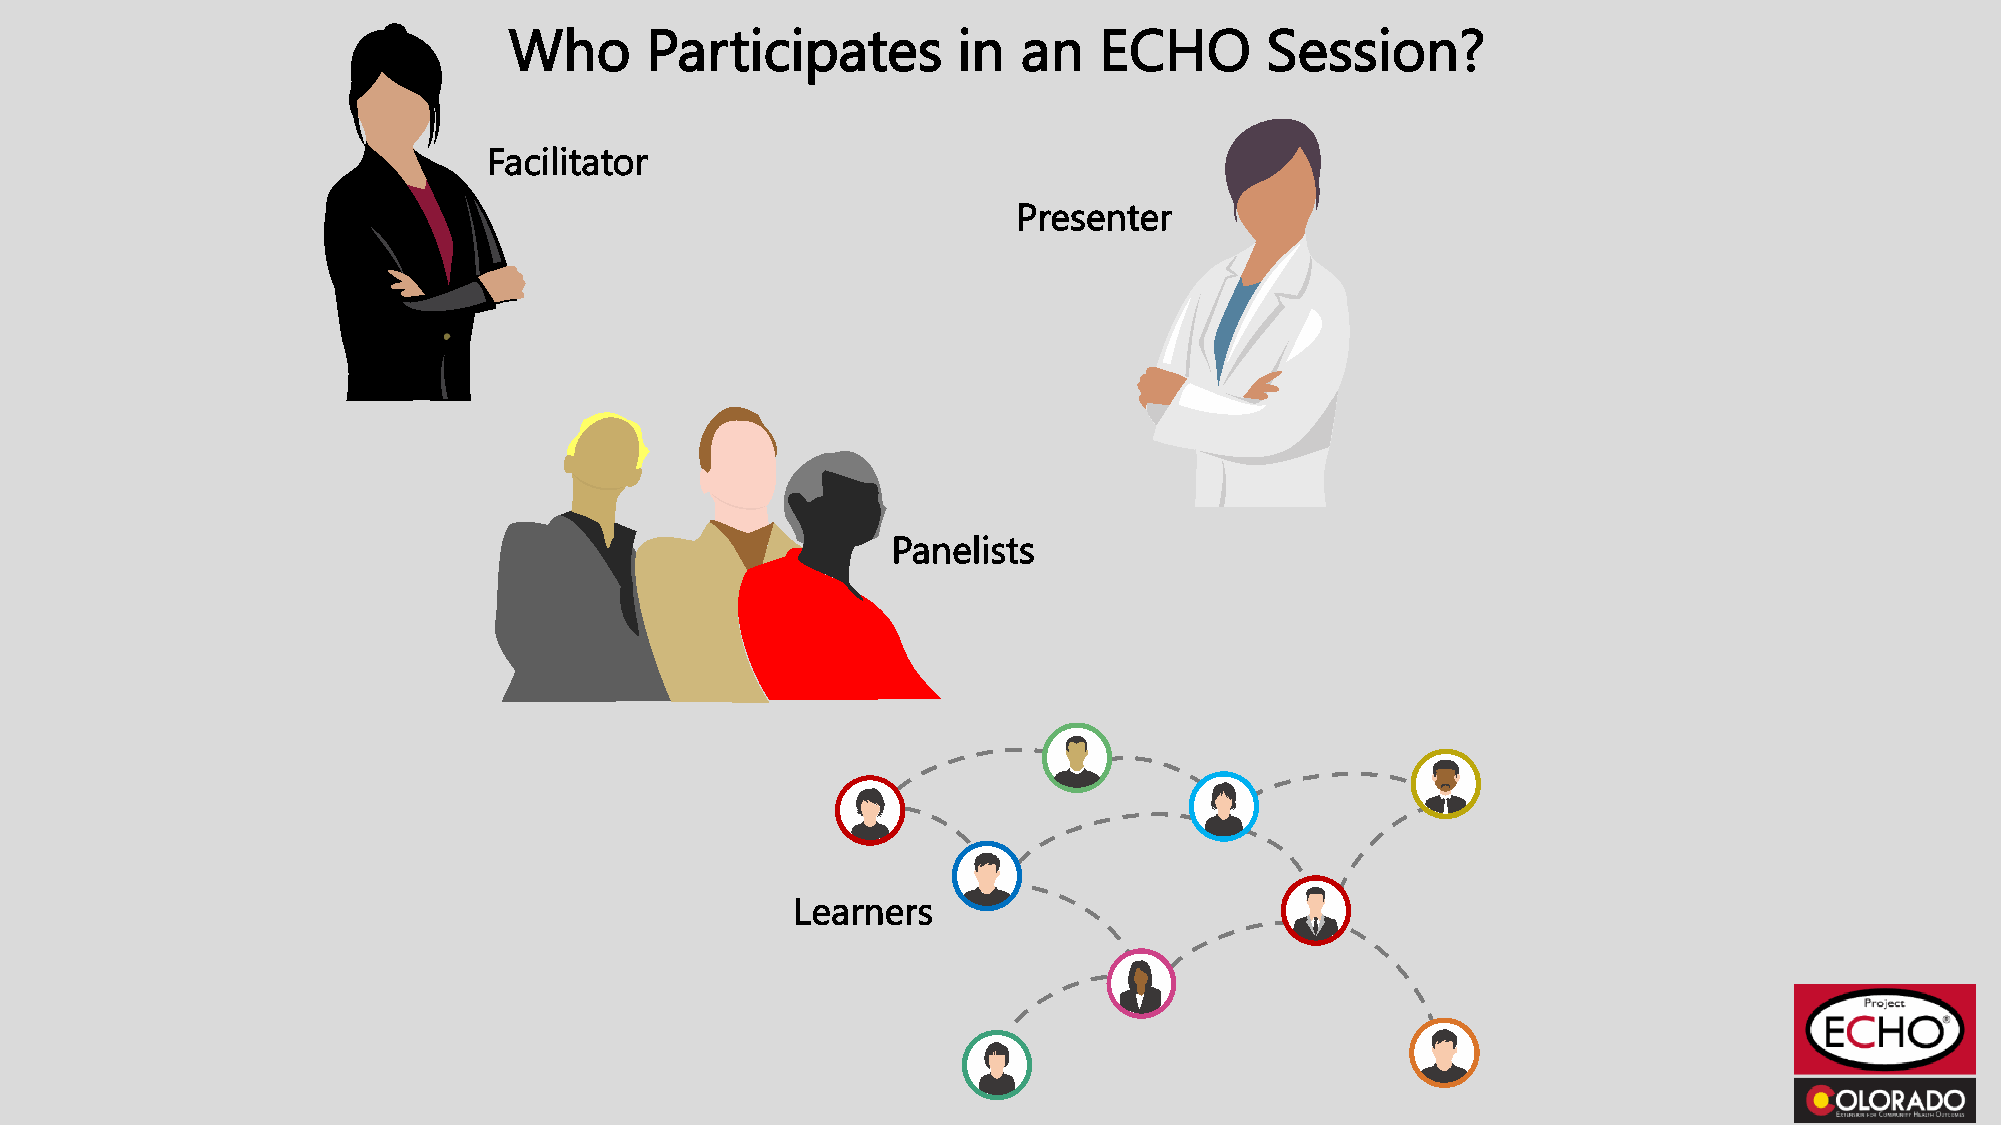
Who      Participates        in   an   ECHO       Session?
 Facilitator
 Presenter
 Panelists
 Learners